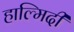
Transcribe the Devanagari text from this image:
हाल्मिदी